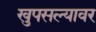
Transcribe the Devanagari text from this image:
खुपसल्यावर